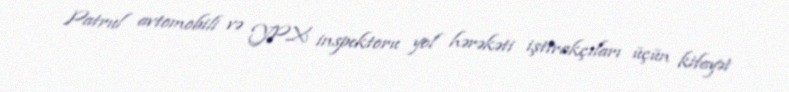
Patrul avtomobili və YPX inspektoru yol hərəkəti iştirakçıları üçün kifayət